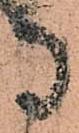
寺